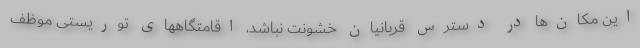
این مکان‌ها در دسترس قربانیان خشونت نباشد، اقامتگاههای توریستی موظف